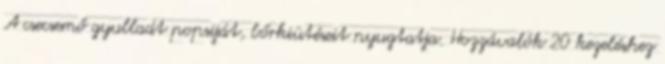
A csecsemő gyulladt popsiját, bőrkiütéseit nyugtatja. Hozzávalók 20 kezeléshez